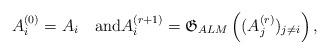
LaTeX: \begin{align*}A_i^{(0)}=A_i\quad\mbox{and}A_i^{(r+1)}=\mathfrak{G}_{ALM}\left((A_j^{(r)})_{j\neq i}\right),\end{align*}